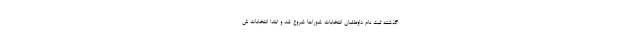
گذشته ثبت نام داوطلبان انتخابات شوراها شروع شد و ابتدا انتخابات ش